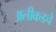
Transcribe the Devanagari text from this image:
अलीकडचे